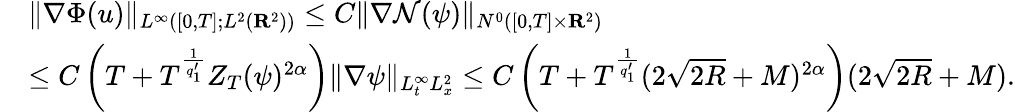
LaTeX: \begin{array}{rl}&{\| \nabla\Phi(u)\| _{L^{\infty}([0,T];L^{2}({\mathbf R}^{2}))}\leq C\| \nabla\mathcal{N}(\psi)\| _{N^{0}([0,T]\times{\mathbf R}^{2})}}\\ &{\leq C\left(T+T^{\frac{1}{q_{1}^{\prime}}}Z_{T}(\psi)^{2\alpha}\right)\| \nabla\psi\| _{L_{t}^{\infty}L_{x}^{2}}\leq C\left(T+T^{\frac{1}{q_{1}^{\prime}}}(2\sqrt{2R}+M)^{2\alpha}\right)(2\sqrt{2R}+M).}\end{array}